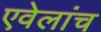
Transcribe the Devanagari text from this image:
एवेलांच